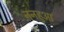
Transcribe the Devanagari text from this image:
ननहुआ